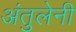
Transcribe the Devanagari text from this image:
अंतुलेनी